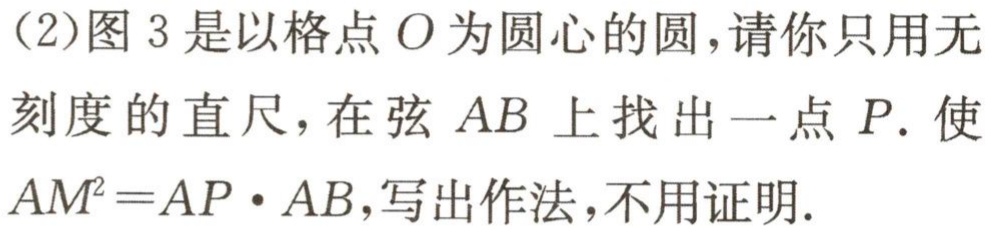
(2)图 3 是以格点\(O\)为圆心的圆，请你只用无刻度的直尺，在弦\(AB\)上找出一点\(P\). 使\(AM^{2}=AP\cdot AB\)，写出作法，不用证明.